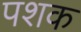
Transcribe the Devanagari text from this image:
पशक